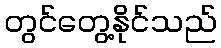
တွင်တွေ့နိုင်သည်